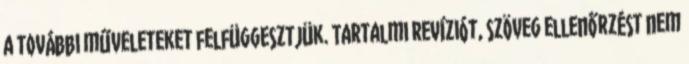
a további műveleteket felfüggesztjük. Tartalmi revíziót, szöveg ellenőrzést nem